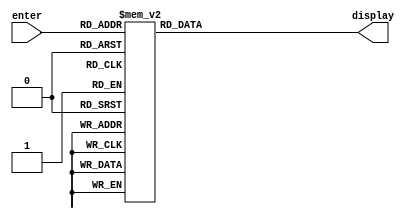
module storageChar (enter,display);
	input[4:0]enter;
	output reg [6:0]display;
	
	always@(enter)
		case(enter) //1,0,2,3,4,5,6 // note
		0:display = 7'b1111110;
		1:display = 7'b0001000;
		2:display = 7'b1100000;
		3:display = 7'b0110001;
		4:display = 7'b1000010;
		5:display = 7'b0110000;
		6:display = 7'b0111000;
		7:display = 7'b0000100;
		8:display = 7'b1101000; // note that each reg vector 1,0,etc corresponds to a light
		9:display = 7'b1001111;
		10:display = 7'b1000111;
		11:display = 7'b0101000;
		12:display = 7'b1110001;
		13:display = 7'b0101011;
		14:display = 7'b0001001;
		15:display = 7'b0000001;
		16:display = 7'b0011000;
		17:display = 7'b0001100;
		18:display = 7'b0111001;
		19:display = 7'b0100100;
		20:display = 7'b0010101;
		21:display = 7'b1000001;
		22:display = 7'b1010101;
		23:display = 7'b1000000;
		24:display = 7'b1001000;
		25:display = 7'b1000100;
		26:display = 7'b0010010;
		27:display = 7'b1111001;
		28:display = 7'b0010110;
		29:display = 7'b0000110;
		30:display = 7'b1001100;
		31:display = 7'b0110100;
		default: display = 7'bx;
		endcase
		
		
endmodule